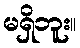
မရှိဘူး။